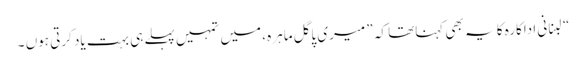
“لبنانی اداکارہ کا یہ بھی کہناتھا کہ ” میری پاگل ماہرہ ، میں تمہیں پہلے ہی بہت یاد کرتی ہوں ۔